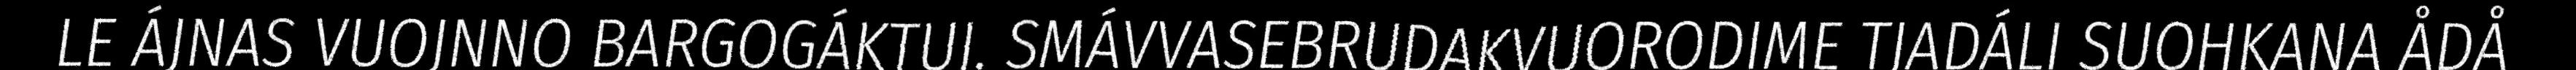
LE ÁJNAS VUOJNNO BARGOGÁKTUJ. SMÁVVASEBRUDAKVUORODIME TJADÁLI SUOHKANA ÅDÅ